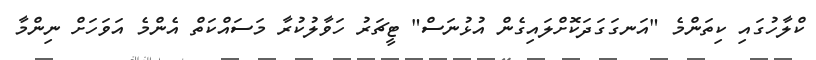
ކްލާހުގައި ކިތަންމެ "އަނގަގަދަކޮށްލައިގެން އުޅުނަސް" ޓީޗަރު ހަވާލުކުރާ މަސައްކަތް އެންމެ އަވަހަށް ނިންމާ